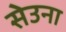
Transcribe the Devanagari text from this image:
सेउना